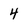
Character: 4